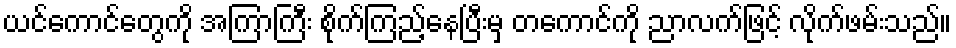
ယင်ကောင်တွေကို အကြာကြီး စိုက်ကြည့်နေပြီးမှ တကောင်ကို ညာလက်ဖြင့် လိုက်ဖမ်းသည်။